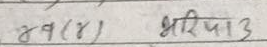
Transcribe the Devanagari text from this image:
४४(४) भरिप3